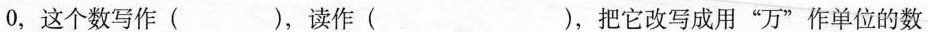
0，这个数写作( )，读作( )，把它改写成用”万”作单位的数